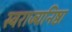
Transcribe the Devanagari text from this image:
स्वराज्यनिष्ठा